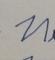
Signature authenticity: forged